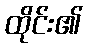
ထိုင်း၏